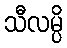
သီလမ္ပိ